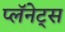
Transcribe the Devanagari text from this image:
प्लॅनेट्स